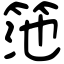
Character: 筂